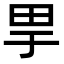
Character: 𤰤